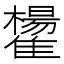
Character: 𩁒